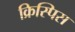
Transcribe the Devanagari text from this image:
क्रिस्पिस